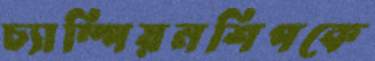
চ্যাম্পিয়নশিপকে